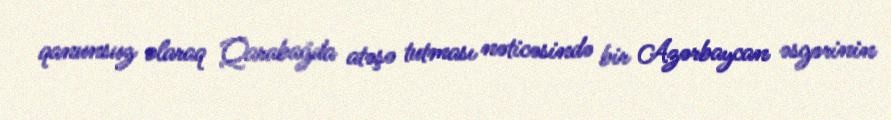
qanunsuz olaraq Qarabağda atəşə tutması nəticəsində bir Azərbaycan əsgərinin